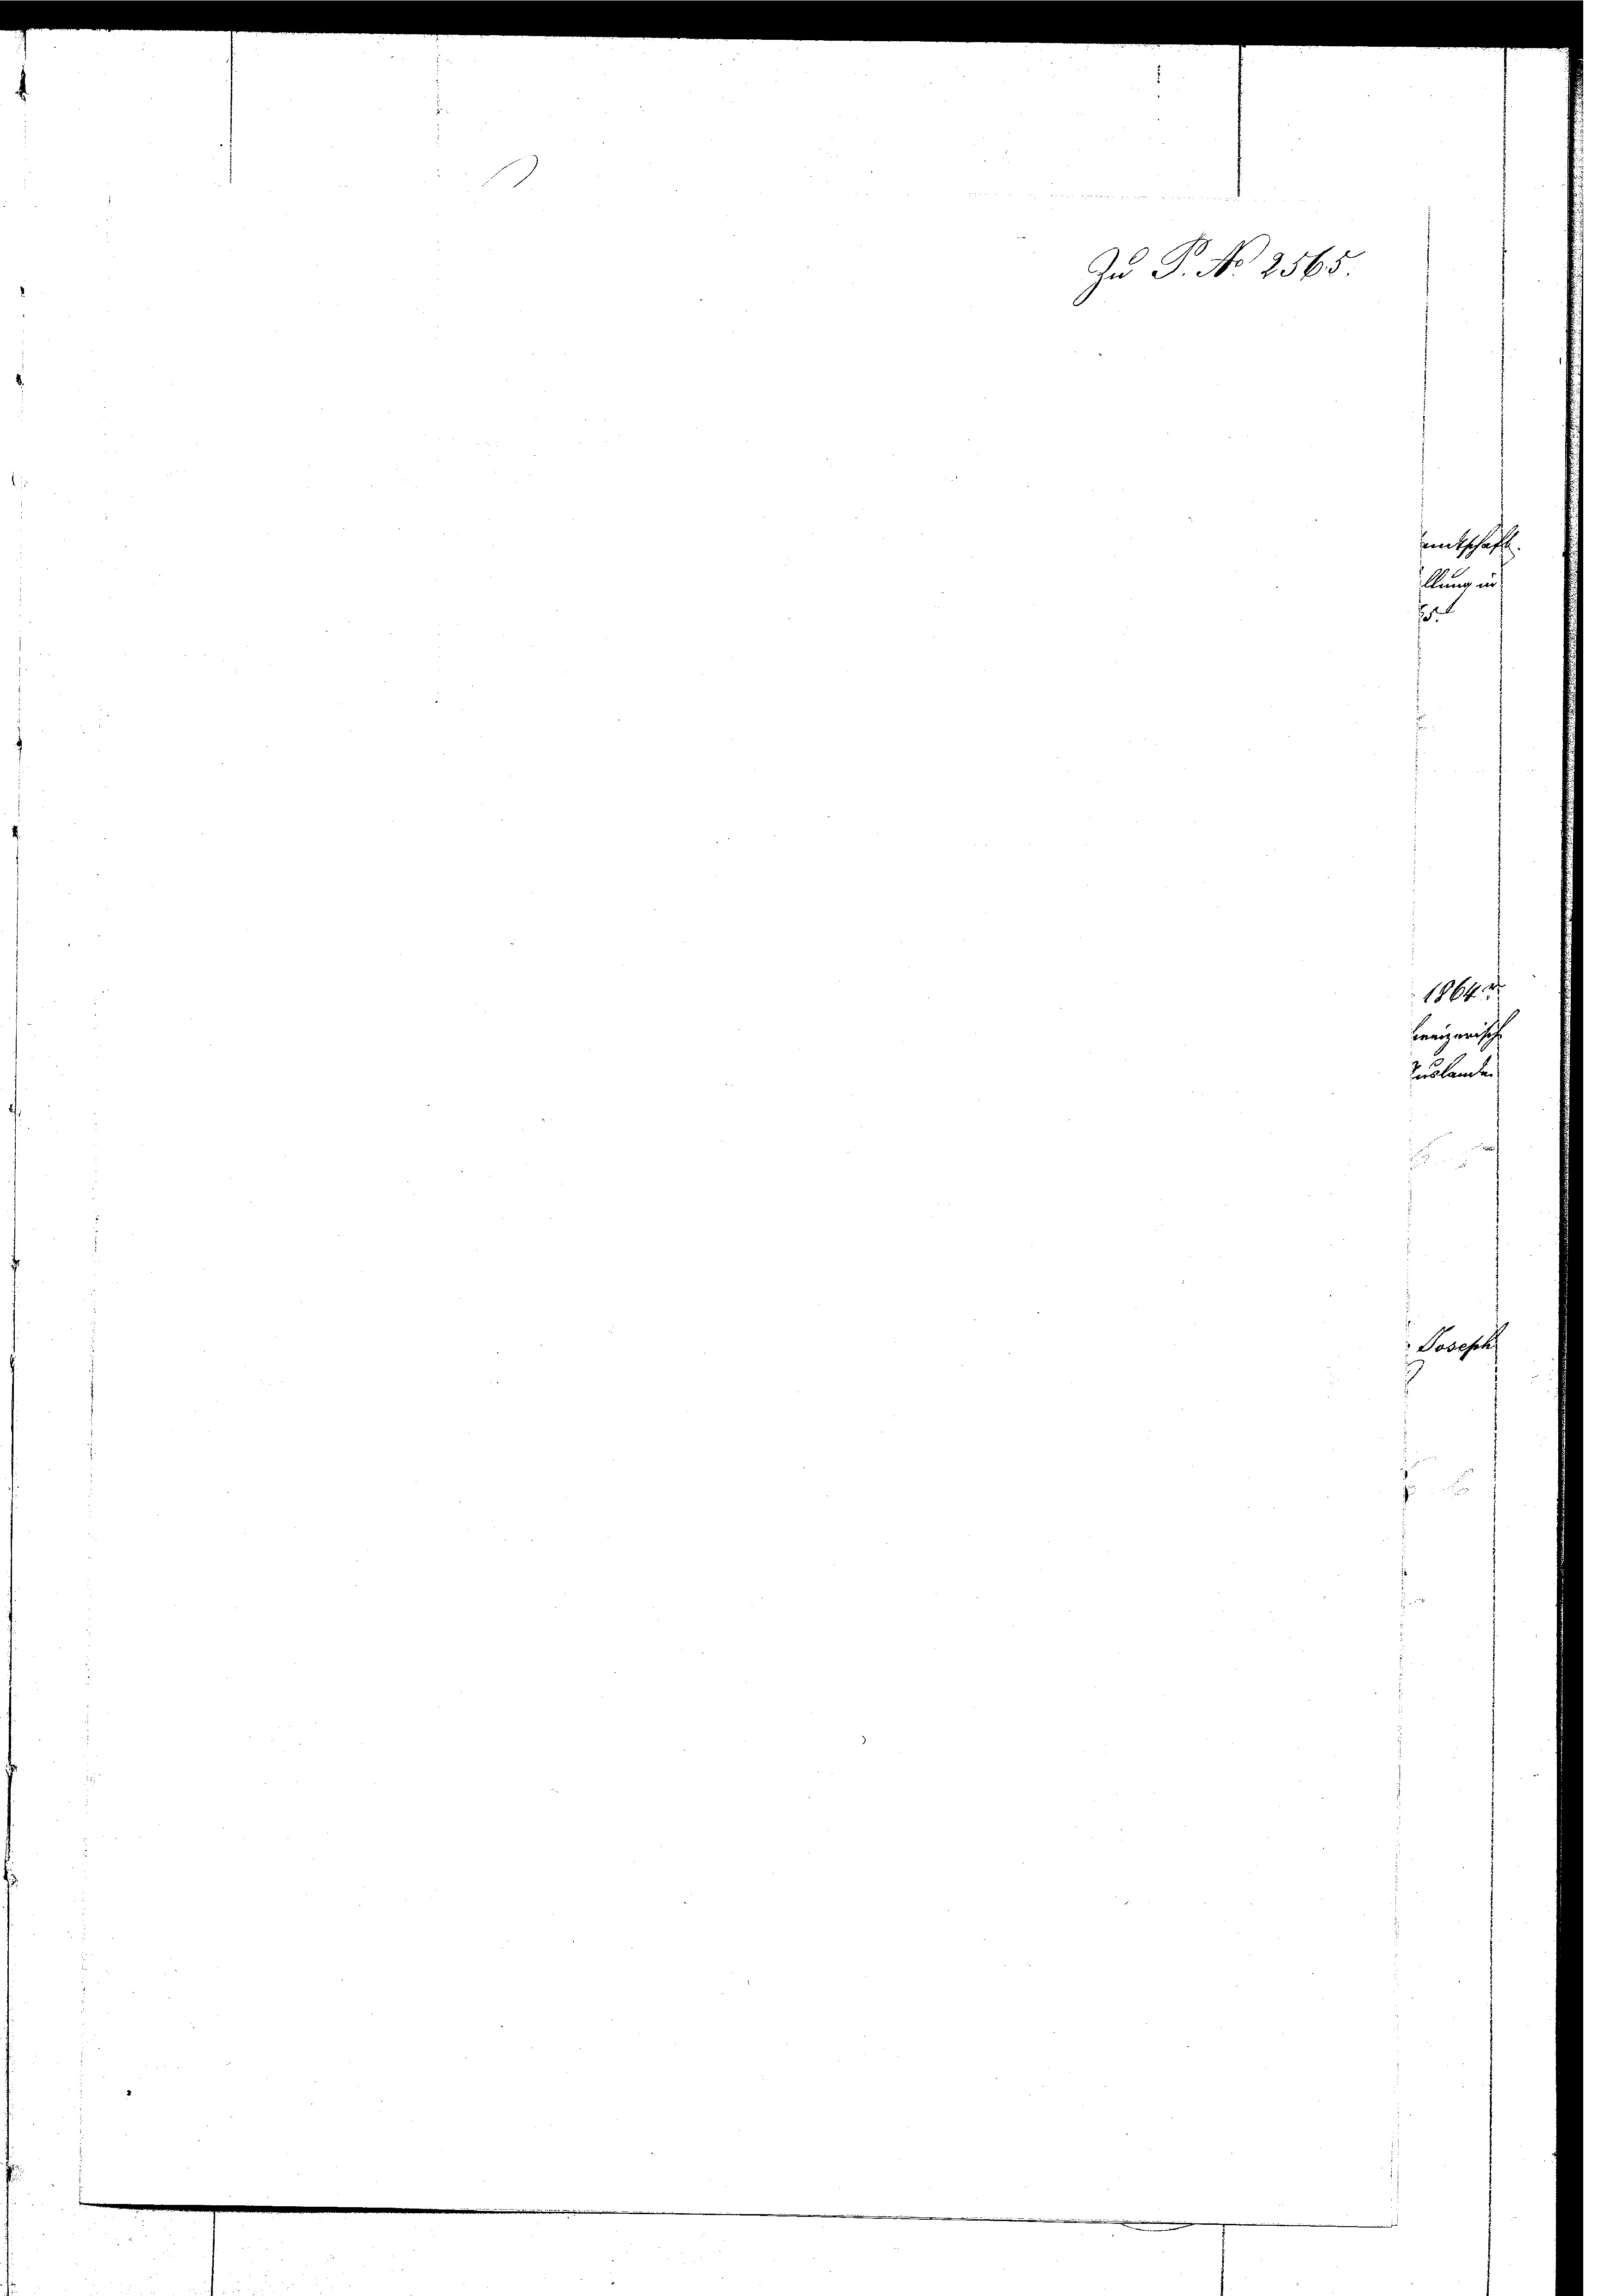
Zu P. No 2565

.
1864
reizerisch
slanden
2
Dosesch

entscha
llung